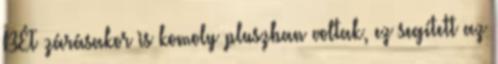
BÉT zárásakor is komoly pluszban voltak, ez segített az